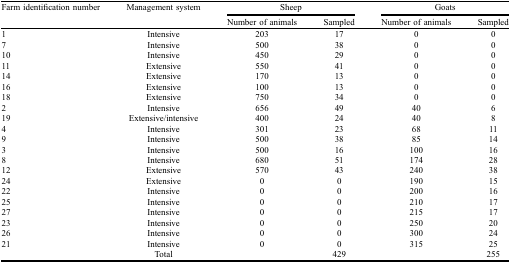
<table><thead><tr><td><b>Farm identification number</b></td><td><b>Management system</b></td><td colspan="2"><b>Sheep</b></td><td colspan="2"><b>Goats</b></td></tr><tr><td></td><td></td><td><b>Number of animals</b></td><td><b>Sampled</b></td><td><b>Number of animals</b></td><td><b>Sampled</b></td></tr></thead><tbody><tr><td>1</td><td>Intensive</td><td>203</td><td>17</td><td>0</td><td>0</td></tr><tr><td>7</td><td>Intensive</td><td>500</td><td>38</td><td>0</td><td>0</td></tr><tr><td>10</td><td>Intensive</td><td>450</td><td>29</td><td>0</td><td>0</td></tr><tr><td>11</td><td>Extensive</td><td>550</td><td>41</td><td>0</td><td>0</td></tr><tr><td>14</td><td>Extensive</td><td>170</td><td>13</td><td>0</td><td>0</td></tr><tr><td>16</td><td>Extensive</td><td>100</td><td>13</td><td>0</td><td>0</td></tr><tr><td>18</td><td>Extensive</td><td>750</td><td>34</td><td>0</td><td>0</td></tr><tr><td>2</td><td>Intensive</td><td>656</td><td>49</td><td>40</td><td>6</td></tr><tr><td>19</td><td>Extensive/intensive</td><td>400</td><td>24</td><td>40</td><td>8</td></tr><tr><td>4</td><td>Intensive</td><td>301</td><td>23</td><td>68</td><td>11</td></tr><tr><td>9</td><td>Intensive</td><td>500</td><td>38</td><td>85</td><td>14</td></tr><tr><td>3</td><td>Intensive</td><td>500</td><td>16</td><td>100</td><td>16</td></tr><tr><td>8</td><td>Intensive</td><td>680</td><td>51</td><td>174</td><td>28</td></tr><tr><td>12</td><td>Extensive</td><td>570</td><td>43</td><td>240</td><td>38</td></tr><tr><td>24</td><td>Extensive</td><td>0</td><td>0</td><td>190</td><td>15</td></tr><tr><td>22</td><td>Intensive</td><td>0</td><td>0</td><td>200</td><td>16</td></tr><tr><td>25</td><td>Intensive</td><td>0</td><td>0</td><td>210</td><td>17</td></tr><tr><td>27</td><td>Intensive</td><td>0</td><td>0</td><td>215</td><td>17</td></tr><tr><td>23</td><td>Intensive</td><td>0</td><td>0</td><td>250</td><td>20</td></tr><tr><td>26</td><td>Intensive</td><td>0</td><td>0</td><td>300</td><td>24</td></tr><tr><td>21</td><td>Intensive</td><td>0</td><td>0</td><td>315</td><td>25</td></tr><tr><td></td><td>Total</td><td></td><td>429</td><td></td><td>255</td></tr></tbody></table>